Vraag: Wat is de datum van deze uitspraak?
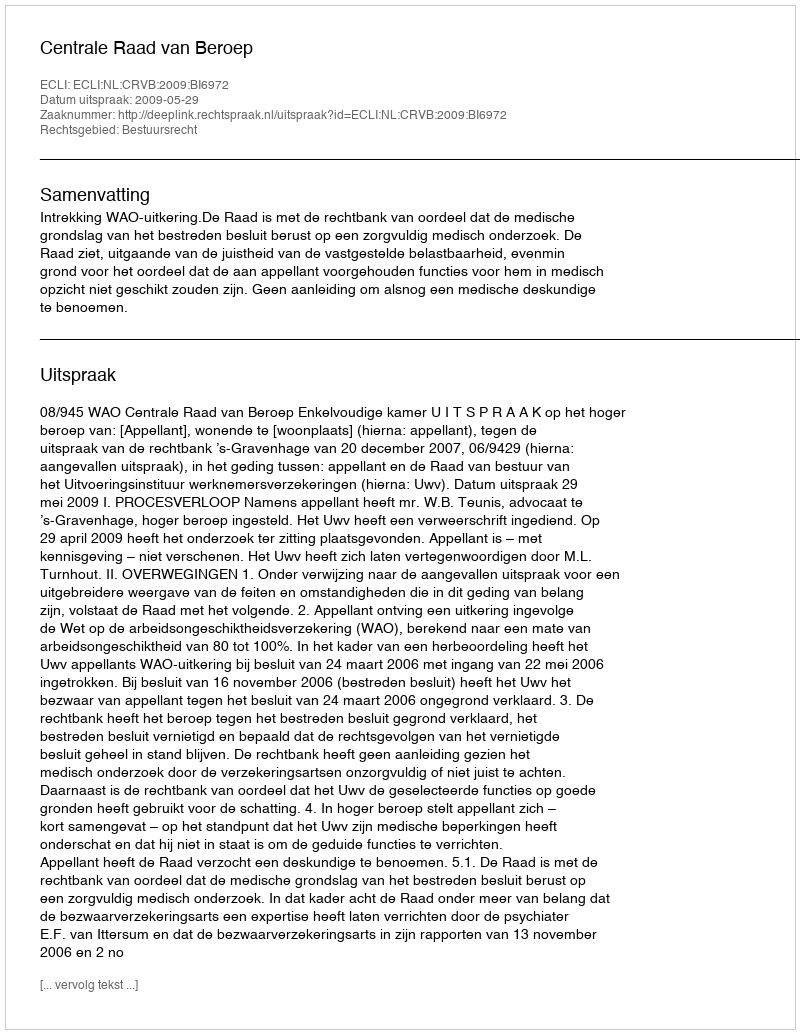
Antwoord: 2009-05-29